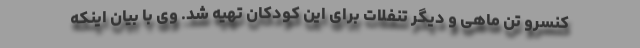
کنسرو تن ماهی و دیگر تنفلات برای این کودکان تهیه شد. وی با بیان اینکه